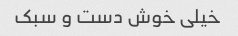
خیلی خوش دست و سبک